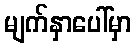
မျက်နှာပေါ်မှာ